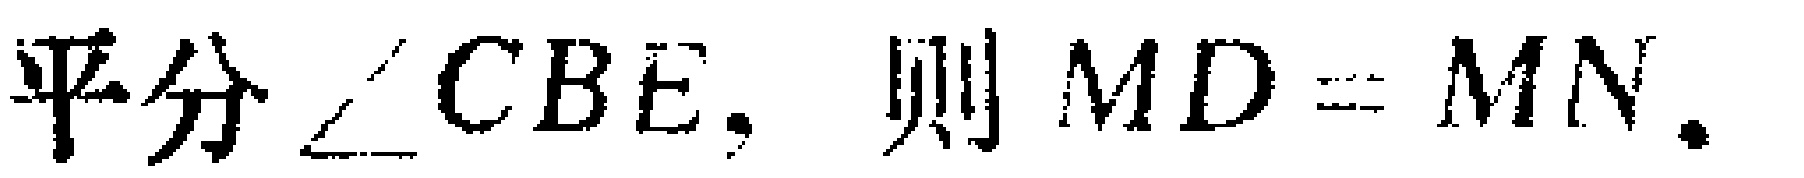
平分$\angle CBE$，则$MD = MN$.